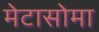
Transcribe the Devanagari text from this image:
मेटासोमा